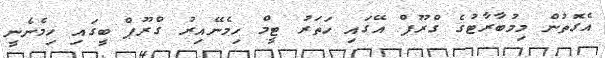
އެގޮތުން މިމުބާރާޓުގެ ގްރޫޕް އޭގައި ހަތަރު ޓީމް ހިމެނޭއިރު ގްރޫޕް ބީގައި ހިމެނެނީ